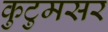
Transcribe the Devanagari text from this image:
कुटुमसर